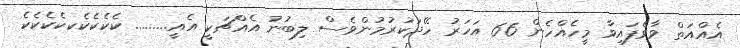
އެއްއަތް ވާވެފައިވާ މީހެއްހެން 66 އަހަރު ހޭދަކުރުމުންވެސް ލިބުނު އެއްޗަކީ އެއީ......... ކެކެކެކެކކެކެކެކެ